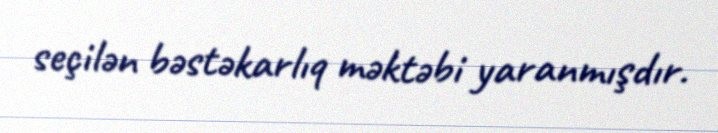
seçilən bəstəkarlıq məktəbi yaranmışdır.